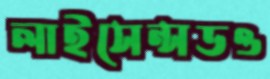
লাইসেন্সডও